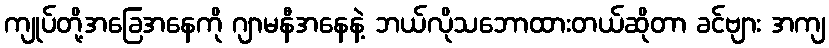
ကျုပ်တို့အခြေအနေကို ဂျာမနီအနေနဲ့ ဘယ်လိုသဘောထားတယ်ဆိုတာ ခင်ဗျား အကျ